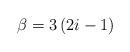
LaTeX: \begin{align*}\beta=3\left(2i-1\right)\end{align*}